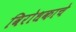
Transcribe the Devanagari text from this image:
विरोधकाचे